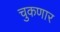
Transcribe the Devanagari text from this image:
चुकणार